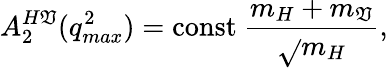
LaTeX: A_{2}^{H\mathfrak{V}}(q_{max}^{2})=\mathrm{{const}}~\frac{{m_{H}+m_{\mathfrak{V}}}}{{{\sqrt{}{m}_{H}}}},